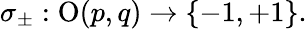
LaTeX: \sigma_{\pm}:\operatorname{O}(p,q)\to\{ -1,+1\} .